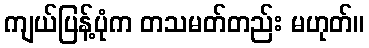
ကျယ်ပြန့်ပုံက တသမတ်တည်း မဟုတ်။